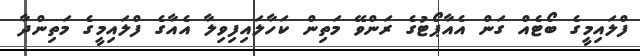
ފްލައިމީގެ ބޯޓެއް ގަން އެއާޕޯޓުގެ ރަންވޭ މަތިން ކަހާލައިފިވިލާ އެއާގެ ފްލައިމީގެ މަތިންދާ